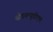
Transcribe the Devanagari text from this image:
वीडब्ल्यूडीएम